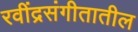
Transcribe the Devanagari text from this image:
रवींद्रसंगीतातील